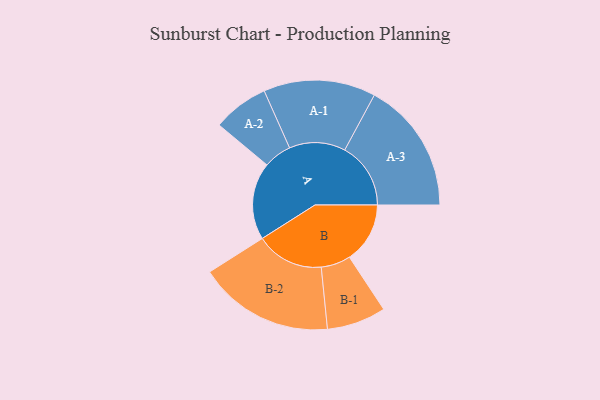
{"axis": {"x": "Segment", "y": "Value"}, "legend": ["", "A", "B"], "data": [{"x": "A", "y": 342, "type": ""}, {"x": "B", "y": 268, "type": ""}, {"x": "A-1", "y": 248, "type": "A"}, {"x": "A-2", "y": 124, "type": "A"}, {"x": "A-3", "y": 292, "type": "A"}, {"x": "B-1", "y": 131, "type": "B"}, {"x": "B-2", "y": 300, "type": "B"}]}